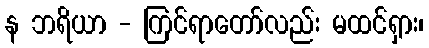
န ဘရိယာ - ကြင်ရာတော်လည်း မထင်ရှား၊